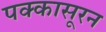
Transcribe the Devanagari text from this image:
पक्कासूरन